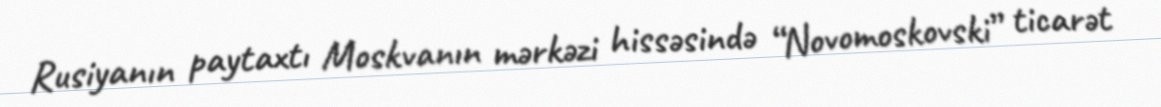
Rusiyanın paytaxtı Moskvanın mərkəzi hissəsində “Novomoskovski” ticarət